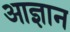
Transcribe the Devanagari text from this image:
आज्ञान